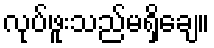
လုပ်ဖူးသည်မရှိချေ။